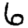
Digit: 6